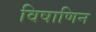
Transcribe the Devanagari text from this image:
विषाणिन